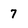
Character: 7